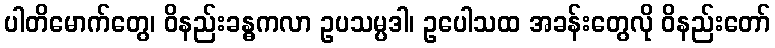
ပါတိမောက်တွေ၊ ဝိနည်းခန္ဓကလာ ဥပသမ္ပဒါ၊ ဥပေါသထ အခန်းတွေလို ဝိနည်းတော်